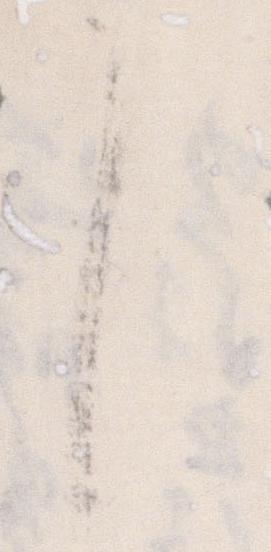
し